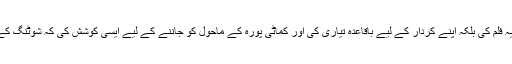
لیکن میرا کےسمجھانے اور شبانہ اعظمی کے کہنے پر انہوں نے نہ صرف یہ فلم کی بلکہ اپنے کردار کے لیے باقاعدہ تیاری کی اور کماٹی پورہ کے ماحول کو جاننے کے لیے ایسی کوشش کی کہ شوٹنگ کے دوران ہی ان کو یہ سننے کو ملا کہ، کون کہتا ہے کہ یہ شبانہ کی ماں ہے۔